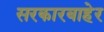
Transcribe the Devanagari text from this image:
सरकारबाहेर